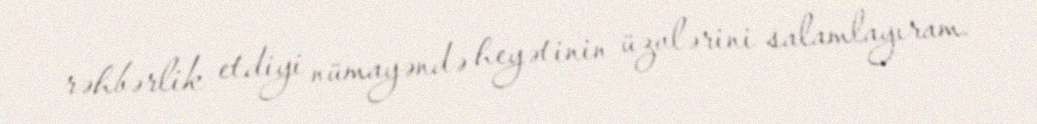
rəhbərlik etdiyi nümayəndə heyətinin üzvlərini salamlayıram.